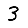
Digit: 3